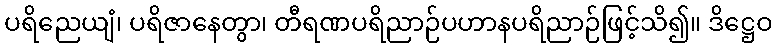
ပရိညေယျံ၊ ပရိဇာနေတွာ၊ တီရဏပရိညာဉ်ပဟာနပရိညာဉ်ဖြင့်သိ၍။ ဒိဋ္ဌေဝ